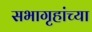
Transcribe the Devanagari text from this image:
सभागृहांच्या